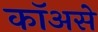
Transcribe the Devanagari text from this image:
कॉअसे